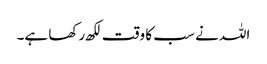
اللہ نے سب کا وقت لکھ رکھا ہے۔